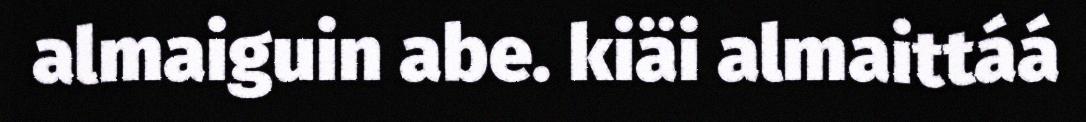
almaiguin abe. kiäi almaittáá